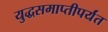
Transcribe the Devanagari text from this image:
युद्धसमाप्तीपर्यंत